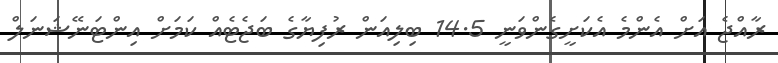
ރާއްޖެ އަށް އެންމެ އެކަށީގެންވަނީ 14.5 ބިލިއަން ރުފިޔާގެ ބަޖެޓެއް ކަމަށް އިންޓަނޭޝަނަލް